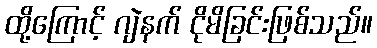
ထို့ကြောင့် ဂျဲနက် ငိုမိခြင်းဖြစ်သည်။